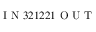
\mathrm { ~ I ~ N ~ } 3 2 1 2 2 1 \mathrm { ~ O ~ U ~ T ~ }